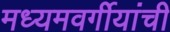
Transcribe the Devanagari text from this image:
मध्यमवर्गीयांची